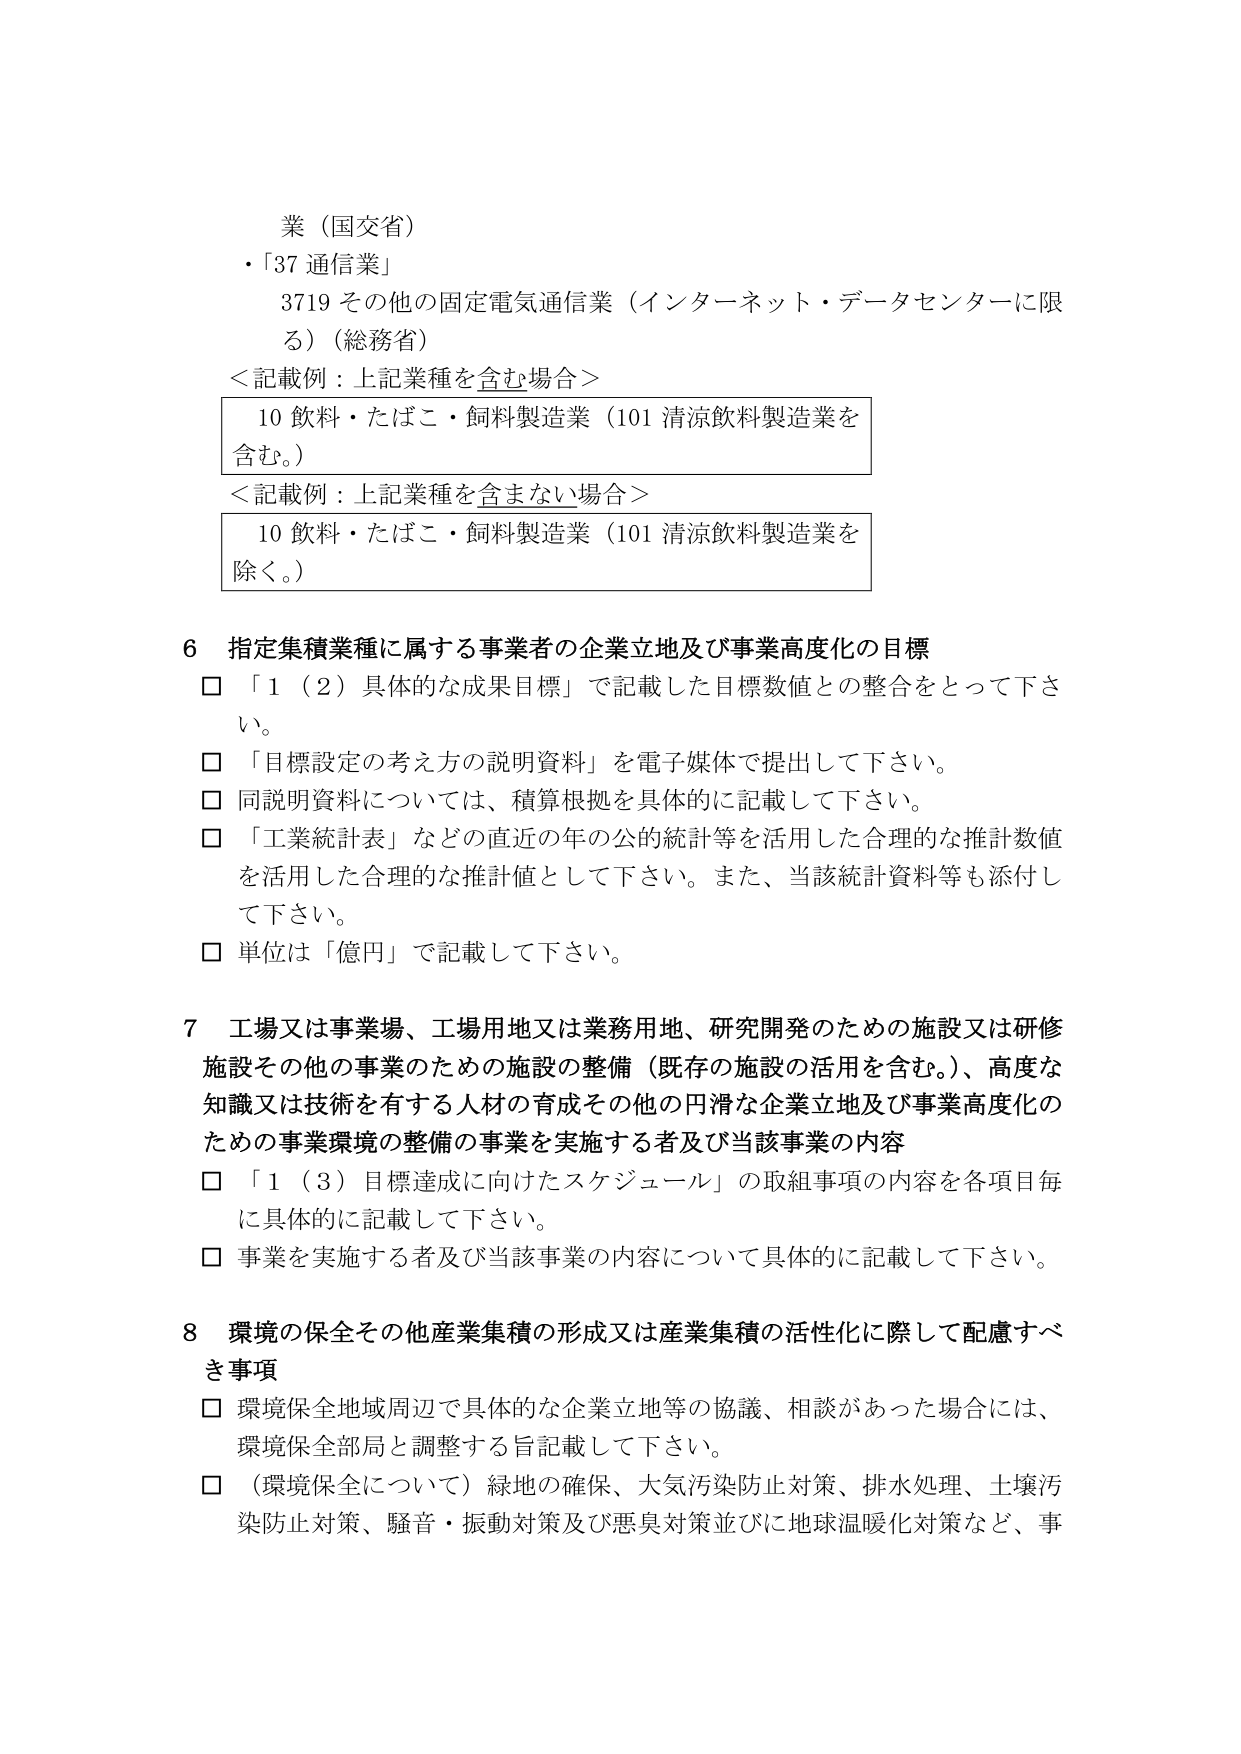
業（国交省）
・「37 通信業」
　3719 その他の固定電気通信業（インターネット・データセンターに限る）（総務省）
＜記載例：上記業種を含む場合＞
　10 飲料・たばこ・飼料製造業（101 清涼飲料製造業を含む。）
＜記載例：上記業種を含まない場合＞
　10 飲料・たばこ・飼料製造業（101 清涼飲料製造業を除く。）

6 指定集積業種に属する事業者の企業立地及び事業高度化の目標
□ 「1（2）具体的な成果目標」で記載した目標数値との整合をとって下さい。
□ 「目標設定の考え方の説明資料」を電子媒体で提出して下さい。
□ 同説明資料については、積算根拠を具体的に記載して下さい。
□ 「工業統計表」などの直近の年の公的統計等を活用した合理的な推計数値を活用した合理的な推計値として下さい。また、当該統計資料等も添付して下さい。
□ 単位は「億円」で記載して下さい。

7 工場又は事業場、工場用地又は業務用地、研究開発のための施設又は研修施設その他の事業のための施設の整備（既存の施設の活用を含む。）、高度な知識又は技術を有する人材の育成その他の円滑な企業立地及び事業高度化のための事業環境の整備の事業を実施する者及び当該事業の内容
□ 「1（3）目標達成に向けたスケジュール」の取組事項の内容を各項目毎に具体的に記載して下さい。
□ 事業を実施する者及び当該事業の内容について具体的に記載して下さい。

8 環境の保全その他産業集積の形成又は産業集積の活性化に際して配慮すべき事項
□ 環境保全地域周辺で具体的な企業立地等の協議、相談があった場合には、環境保全部局と調整する旨記載して下さい。
□ （環境保全について）緑地の確保、大気汚染防止対策、排水処理、土壌汚染防止対策、騒音・振動対策及び悪臭対策並びに地球温暖化対策など、事